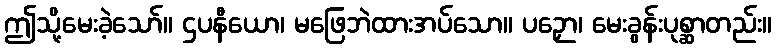
ဤသို့မေးခဲ့သော်။ ဌပနီယော၊ မဖြေဘဲထားအပ်သော။ ပဉှော၊ မေးခွန်းပုစ္ဆာတည်း။